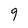
Character: g